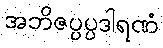
အဘိဇပ္ပပ္ပဒါရဏံ